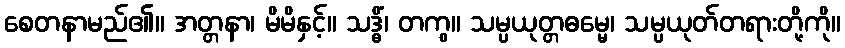
စေတနာမည်၏။ အတ္တနာ၊ မိမိနှင့်။ သဒ္ဓိံ၊ တကွ။ သမ္ပယုတ္တဓမ္မေ၊ သမ္ပယုတ်တရားတို့ကို။